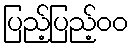
ပြည့်ပြည့်၀၀